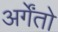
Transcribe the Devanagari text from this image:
अर्गेंतो